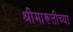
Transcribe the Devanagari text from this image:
श्रीमारूतीच्या